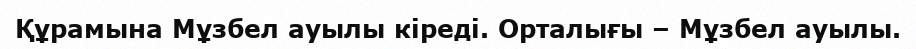
Құрамына Мұзбел ауылы кіреді. Орталығы – Мұзбел ауылы.